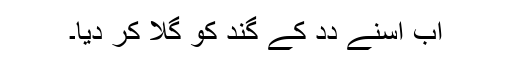
اَب اُسنے دِدِ کے گند کو گِلا کر دِیا۔